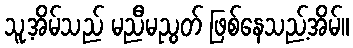
သူ့အိမ်သည် မညီမညွတ် ဖြစ်နေသည့်အိမ်။